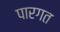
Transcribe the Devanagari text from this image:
पारगत